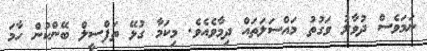
ނަމަވެސް ދުވާލު ވަގުތު މައްސަލަތައް ދިމާވެއެވެ. މިކަމާ ގުޅޭ ތަފްސީލް ބޭންކުން ހާމަ